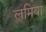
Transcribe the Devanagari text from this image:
लमिया